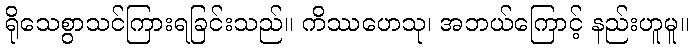
ရိုသေစွာသင်ကြားရခြင်းသည်။ ကိဿဟေသု၊ အဘယ်ကြောင့် နည်းဟူမူ။